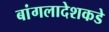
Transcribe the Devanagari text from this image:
बांगलादेशकडे